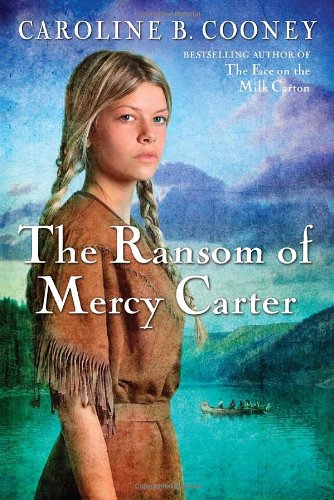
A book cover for The Ransom of Mercy Carter; Caroline B. Cooney; Teen & Young Adult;